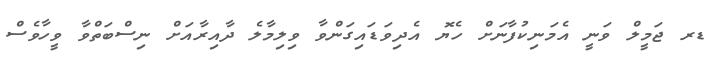
ޑރ ޖަމީލް ވަނީ އެމަނިކުފާނަށް ހެޔޮ އެދިވަޑައިގަންވާ ވިލިމާލެ ދާއިރާއަށް ނިސްބަތްވާ ވީހާވެސް